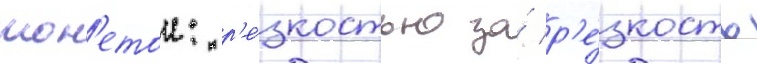
мон'етои: р'е́зкостью за́ р'е́зкость